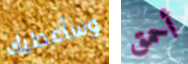
وسأعطيك أحمق